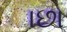
ાછા